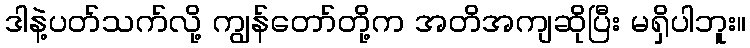
ဒါနဲ့ပတ်သက်လို့ ကျွန်တော်တို့က အတိအကျဆိုပြီး မရှိပါဘူး။